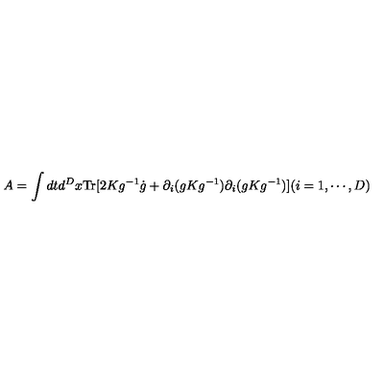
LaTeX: A = \int d t d ^ { D } x \mathrm { T r } [ 2 K g ^ { - 1 } \dot { g } + \partial _ { i } ( g K g ^ { - 1 } ) \partial _ { i } ( g K g ^ { - 1 } ) ] ( i = 1 , \cdots , D )